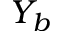
Y _ { b }